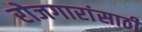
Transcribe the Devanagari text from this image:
रोजगारांसाठी